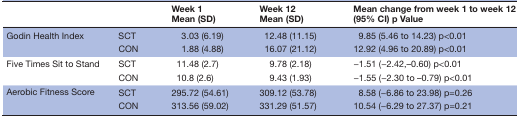
|  |  | Week 1 Mean (SD) | Week 12 Mean (SD) | Mean change from week 1 to week 12 (95% CI) p Value |
 | --- | --- | --- | --- | --- |
 | <ROWSPAN=2> Godin Health Index | SCT | 3.03 (6.19) | 12.48 (11.15) | 9.85 (5.46 to 14.23) p<0.01 |
 | CON | 1.88 (4.88) | 16.07 (21.12) | 12.92 (4.96 to 20.89) p<0.01 |
 | <ROWSPAN=2> Five Times Sit to Stand | SCT | 11.48 (2.7) | 9.78 (2.18) | −1.51 (−2.42,–0.60) p<0.01 |
 | CON | 10.8 (2.6) | 9.43 (1.93) | −1.55 (−2.30 to –0.79) p<0.01 |
 | <ROWSPAN=2> Aerobic Fitness Score | SCT | 295.72 (54.61) | 309.12 (53.78) | 8.58 (−6.86 to 23.98) p=0.26 |
 | CON | 313.56 (59.02) | 331.29 (51.57) | 10.54 (−6.29 to 27.37) p=0.21 |